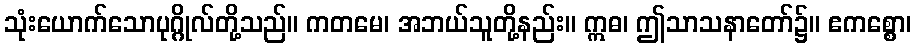
သုံးယောက်သောပုဂ္ဂိုလ်တို့သည်။ ကတမေ၊ အဘယ်သူတို့နည်း။ ဣဓ၊ ဤသာသနာတော်၌။ ဧကစ္စော၊